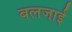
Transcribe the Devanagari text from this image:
बलजाई